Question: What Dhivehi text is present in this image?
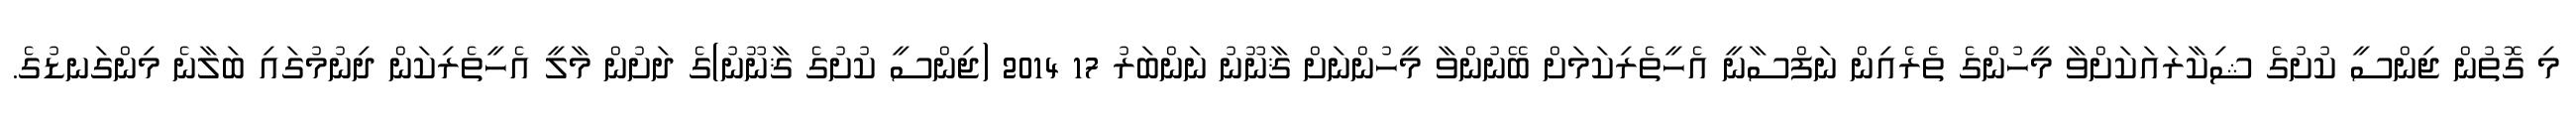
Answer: މި ގޮތުން ޖިންސީ ކުށުގެ ޝިކާރައަކަށްވާ މީހުންގެ ތެރެއިން ނަފްސާނީ އެހީތެރިކަމަށް ބޭނުންވާ މީހުންނަށް ޤާނޫނު ނަންބަރު 17 2014 (ޖިންސީ ކުށުގެ ޤާނޫނު)ގެ ދަށުން މާލީ އެހީތެރިކަން ދިނުމުގައި ބަލާނެ މިންގަނޑުގެ.